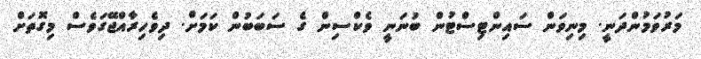
މަރުވަމުންދަނީ. މިނިވަން ސައިންޓިސްޓުން ބުނަނީ ވެކްސިން ގެ ސަބަބުން ކަމަށް. ދިވެހިރާއްޖޭގަވެސް މިގޮތަށް